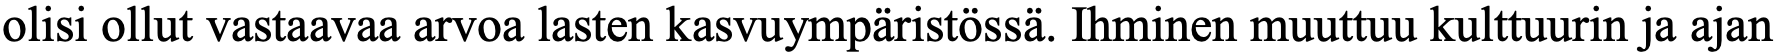
olisi ollut vastaavaa arvoa lasten kasvuympäristössä. Ihminen muuttuu kulttuurin ja ajan